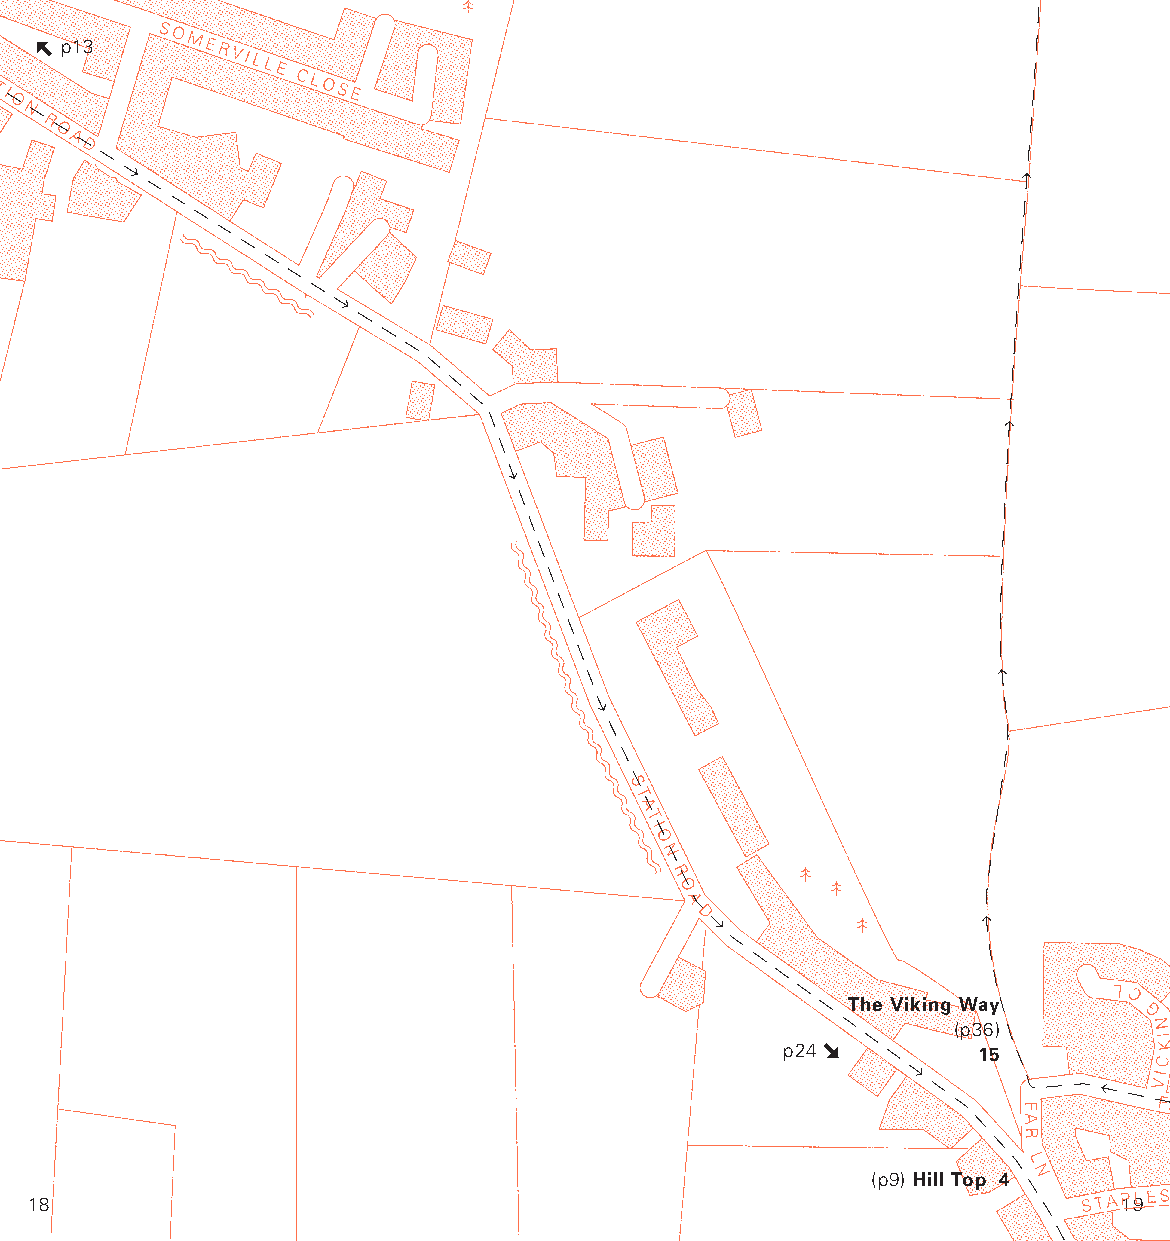
p13
 The Viking Way
 (p36)
 p24          15
 (p9) Hill Top 4
 18                                                                      19